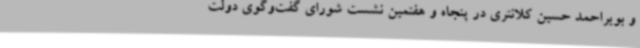
و بویراحمد حسین کلانتری در پنجاه و هفتمین نشست شورای گفت‌وگوی دولت